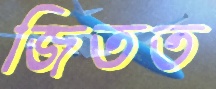
জিতত